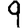
Digit: 9